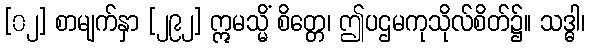
[၀၂] စာမျက်နှာ [၂၉၂] ဣမသ္မိံ စိတ္တေ၊ ဤပဌမကုသိုလ်စိတ်၌။ သဒ္ဓါ၊